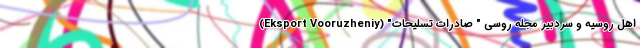
اهل روسیه و سردبیر مجله روسی " صادرات تسلیحات" (Eksport Vooruzheniy)